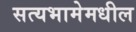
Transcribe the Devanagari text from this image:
सत्यभामेमधील